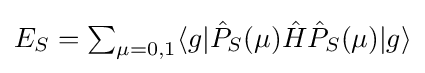
{\textstyle E_{S}=\sum _{\mu =0,1}\langle g|{\hat {P}}_{S}(\mu ){\hat {H}}{\hat {P}}_{S}(\mu )|g\rangle }